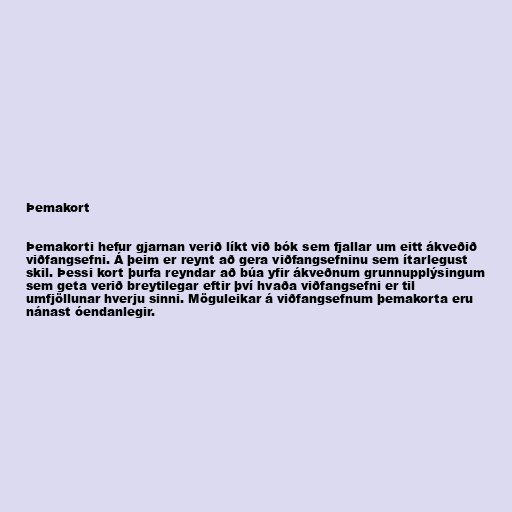
Þemakort

Þemakorti hefur gjarnan verið líkt við bók sem fjallar um eitt ákveðið
viðfangsefni. Á þeim er reynt að gera viðfangsefninu sem ítarlegust
skil. Þessi kort þurfa reyndar að búa yfir ákveðnum grunnupplýsingum
sem geta verið breytilegar eftir því hvaða viðfangsefni er til
umfjöllunar hverju sinni. Möguleikar á viðfangsefnum þemakorta eru
nánast óendanlegir.